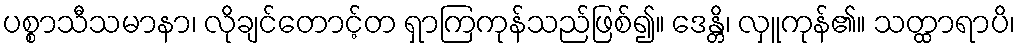
ပစ္စာသီသမာနာ၊ လိုချင်တောင့်တ ရှာကြကုန်သည်ဖြစ်၍။ ဒေန္တိ၊ လှူကုန်၏။ သတ္ထာရာပိ၊